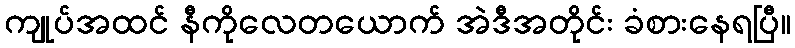
ကျုပ်အထင် နီကိုလေတယောက် အဲဒီအတိုင်း ခံစားနေရပြီ။